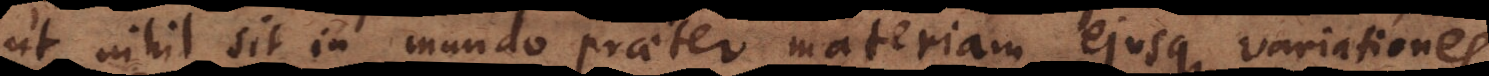
ut nihil sit in mundo praeter materiam ejusque variationes